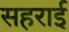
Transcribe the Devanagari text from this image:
सहराई